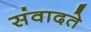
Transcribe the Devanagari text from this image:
संवादते